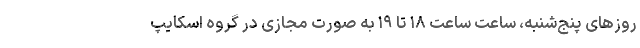
روزهای پنج‌شنبه، ساعت ساعت ۱۸ تا ۱۹ به صورت مجازی در گروه اسکایپ